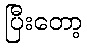
ပြီးတော့